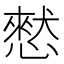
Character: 憖